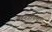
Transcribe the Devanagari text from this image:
बरगडीपासून